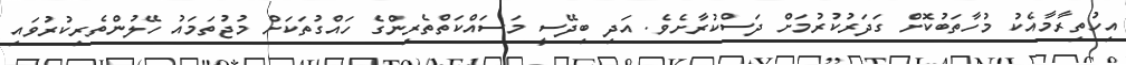
އިހުތިރާމާއެކު މުހާތަބުކޮށް ގަދަރުކުރުމަށް ދަސްކުރާށެވެ. އަދި ބިދޭސީ މަސައްކަތްތެރިންގެ ހައްގުތަކަށް މުޖުތަމައު ހޭލުންތެރިކުރުވައި